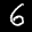
Label: 6